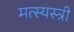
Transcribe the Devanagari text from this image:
मत्स्यस्त्री